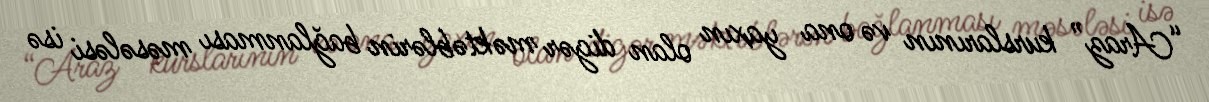
“Araz” kurslarının və ona yaxın olan digər məktəblərin bağlanması məsələsi isə